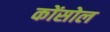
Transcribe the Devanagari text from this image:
कोंसोल